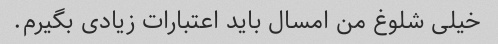
خیلی شلوغ من امسال باید اعتبارات زیادی بگیرم.